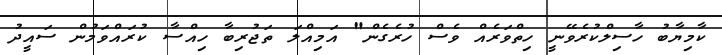
ކާމިޔާބު ހާސިލްކުރެވޭނީ ހިތްވަރެއް ވެސް ހުރެގެން" އަމިއްލަ ތަޖުރިބާ ހިއްސާ ކުރައްވަމުން ސައީދު